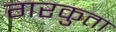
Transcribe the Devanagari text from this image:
गरकुता